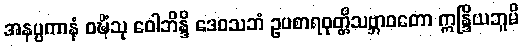
အနပ္ပကာနံ ဝဍ္ဎိံသု ဝေါဘိန္ဒိ ဒေဝသဘံ ဥပစာရဝုတ္တိသဗ္ဘာဝတော ဣန္ဒြိယဘူမိ